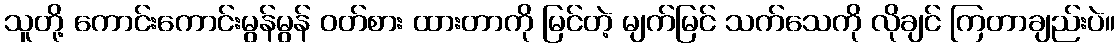
သူတို့ ကောင်းကောင်းမွန်မွန် ဝတ်စား ထားတာကို မြင်တဲ့ မျက်မြင် သက်သေကို လိုချင် ကြတာချည်းပဲ။